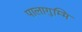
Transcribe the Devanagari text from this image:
पालागुम्मि